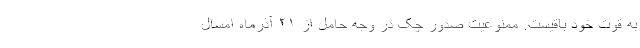
به قوت خود باقیست. ممنوعیت صدور چک در وجه حامل از ۲۱ آذرماه امسال